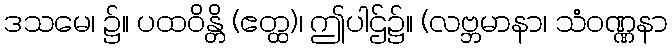
ဒသမေ၊ ၌။ ပထဝိန္တိ (ဧတ္ထ)၊ ဤပါဌ်၌။ (လဗ္ဘမာနာ၊ သံဝဏ္ဏနာ